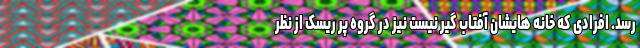
رسد. افرادی که خانه هایشان آفتاب گیر نیست نیز در گروه پر ریسک از نظر